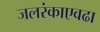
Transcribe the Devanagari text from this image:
जलरंकाएवढा